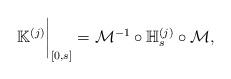
LaTeX: \begin{align*}{\mathbb K}^{(j)} \bigg|_{[0,s]} =\mathcal{M}^{-1} \circ \mathbb H_s^{(j)} \circ \mathcal{M},\end{align*}